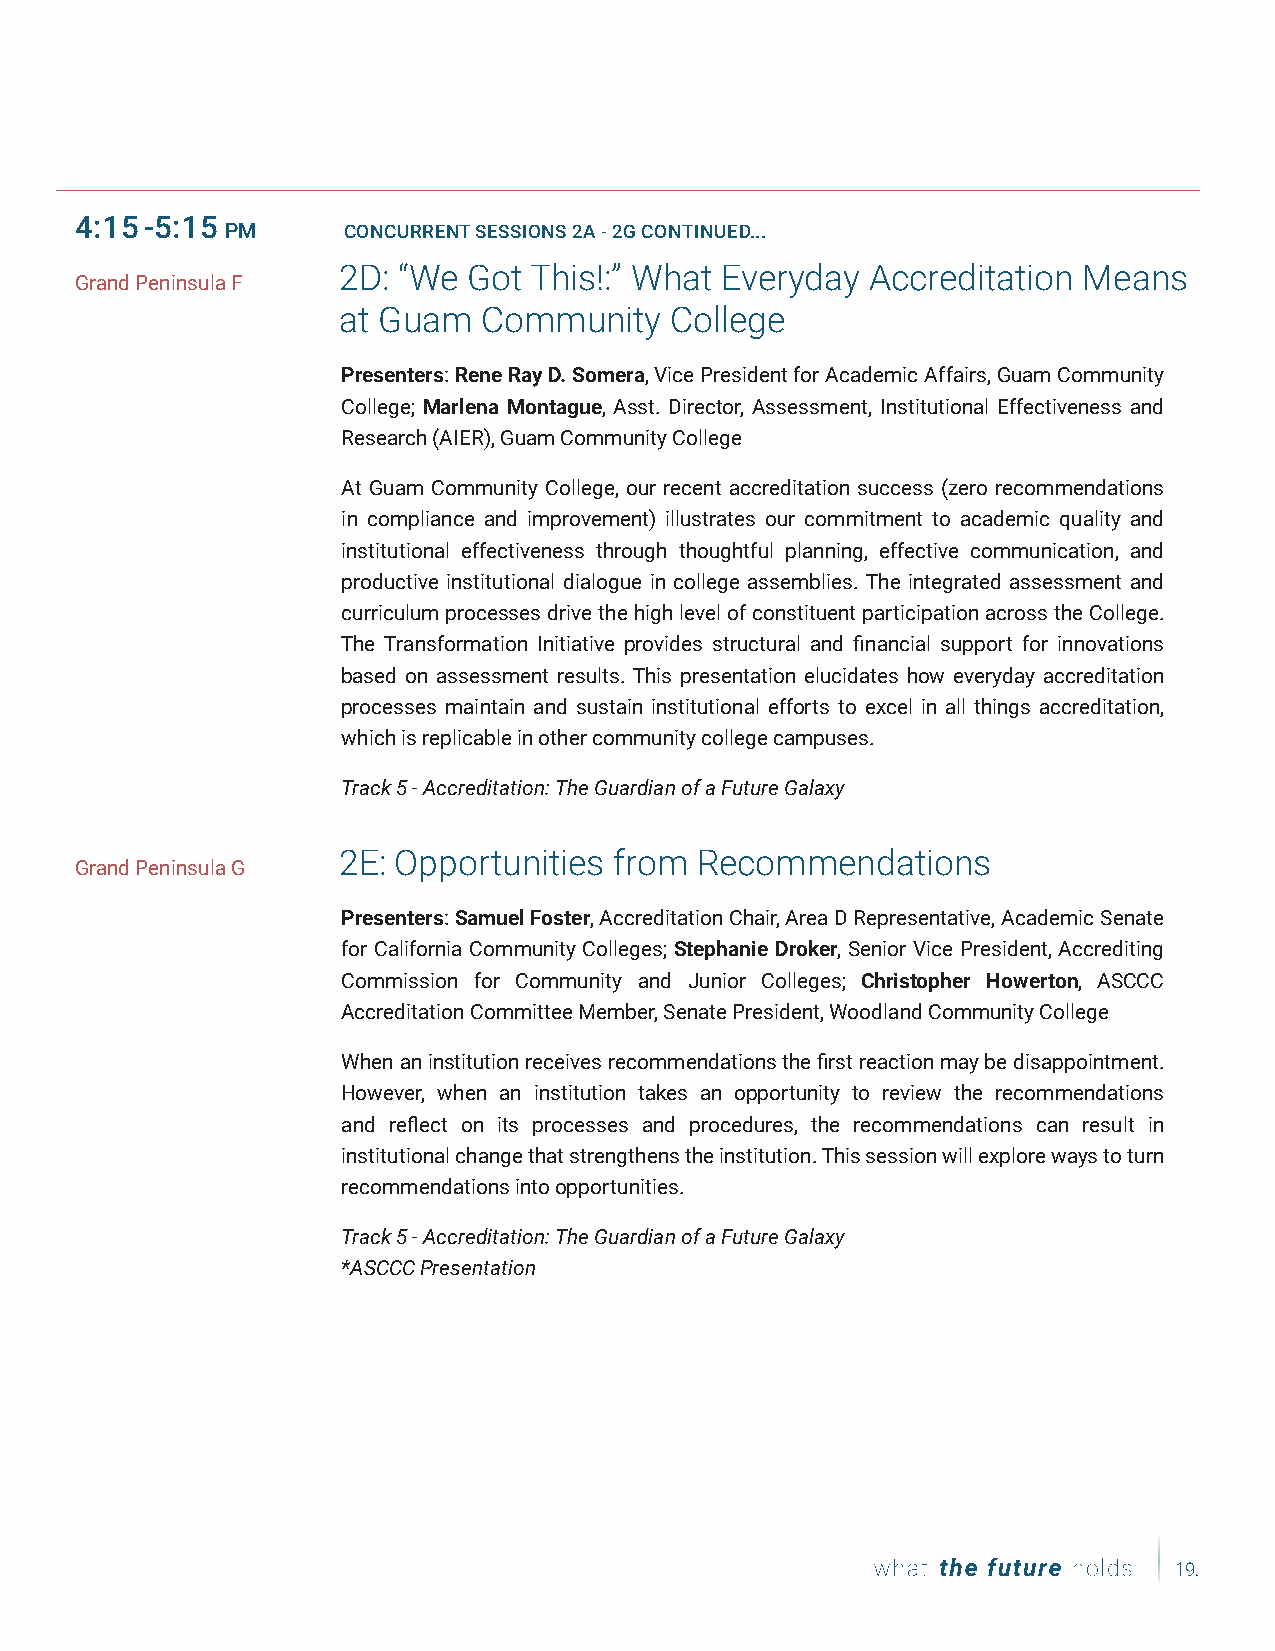
Date,  Date,   Date
 4:15-5:15
 PM      CONCURRENT SESSIONS 2A - 2G CONTINUED...
 2D: “We  Got This!:” What Everyday  Accreditation Means
 Grand Peninsula F
 at Guam   Community   College
 Presenters: Rene Ray D. Somera, Vice President for Academic Affairs, Guam Community
 College; Marlena Montague, Asst. Director, Assessment, Institutional Effectiveness and
 Research (AIER), Guam Community College
 At Guam Community College, our recent accreditation success (zero recommendations
 in compliance and improvement) illustrates our commitment to academic quality and
 institutional effectiveness through thoughtful planning, effective communication, and
 productive institutional dialogue in college assemblies. The integrated assessment and
 curriculum processes drive the high level of constituent participation across the College.
 The Transformation Initiative provides structural and financial support for innovations
 based on assessment results. This presentation elucidates how everyday accreditation
 processes maintain and sustain institutional efforts to excel in all things accreditation,
 which is replicable in other community college campuses.
 Track 5 - Accreditation: The Guardian of a Future Galaxy
 2E: Opportunities  from Recommendations
 Grand Peninsula G
 Presenters: Samuel Foster, Accreditation Chair, Area D Representative, Academic Senate
 for California Community Colleges; Stephanie Droker, Senior Vice President, Accrediting
 Commission for Community and Junior Colleges; Christopher Howerton, ASCCC
 Accreditation Committee Member, Senate President, Woodland Community College
 When an institution receives recommendations the first reaction may be disappointment.
 However, when an institution takes an opportunity to review the recommendations
 and reflect on its processes and procedures, the recommendations can result in
 institutional change that strengthens the institution. This session will explore ways to turn
 recommendations into opportunities.
 Track 5 - Accreditation: The Guardian of a Future Galaxy
 *ASCCC Presentation
 19.